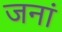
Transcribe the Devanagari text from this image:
जनां